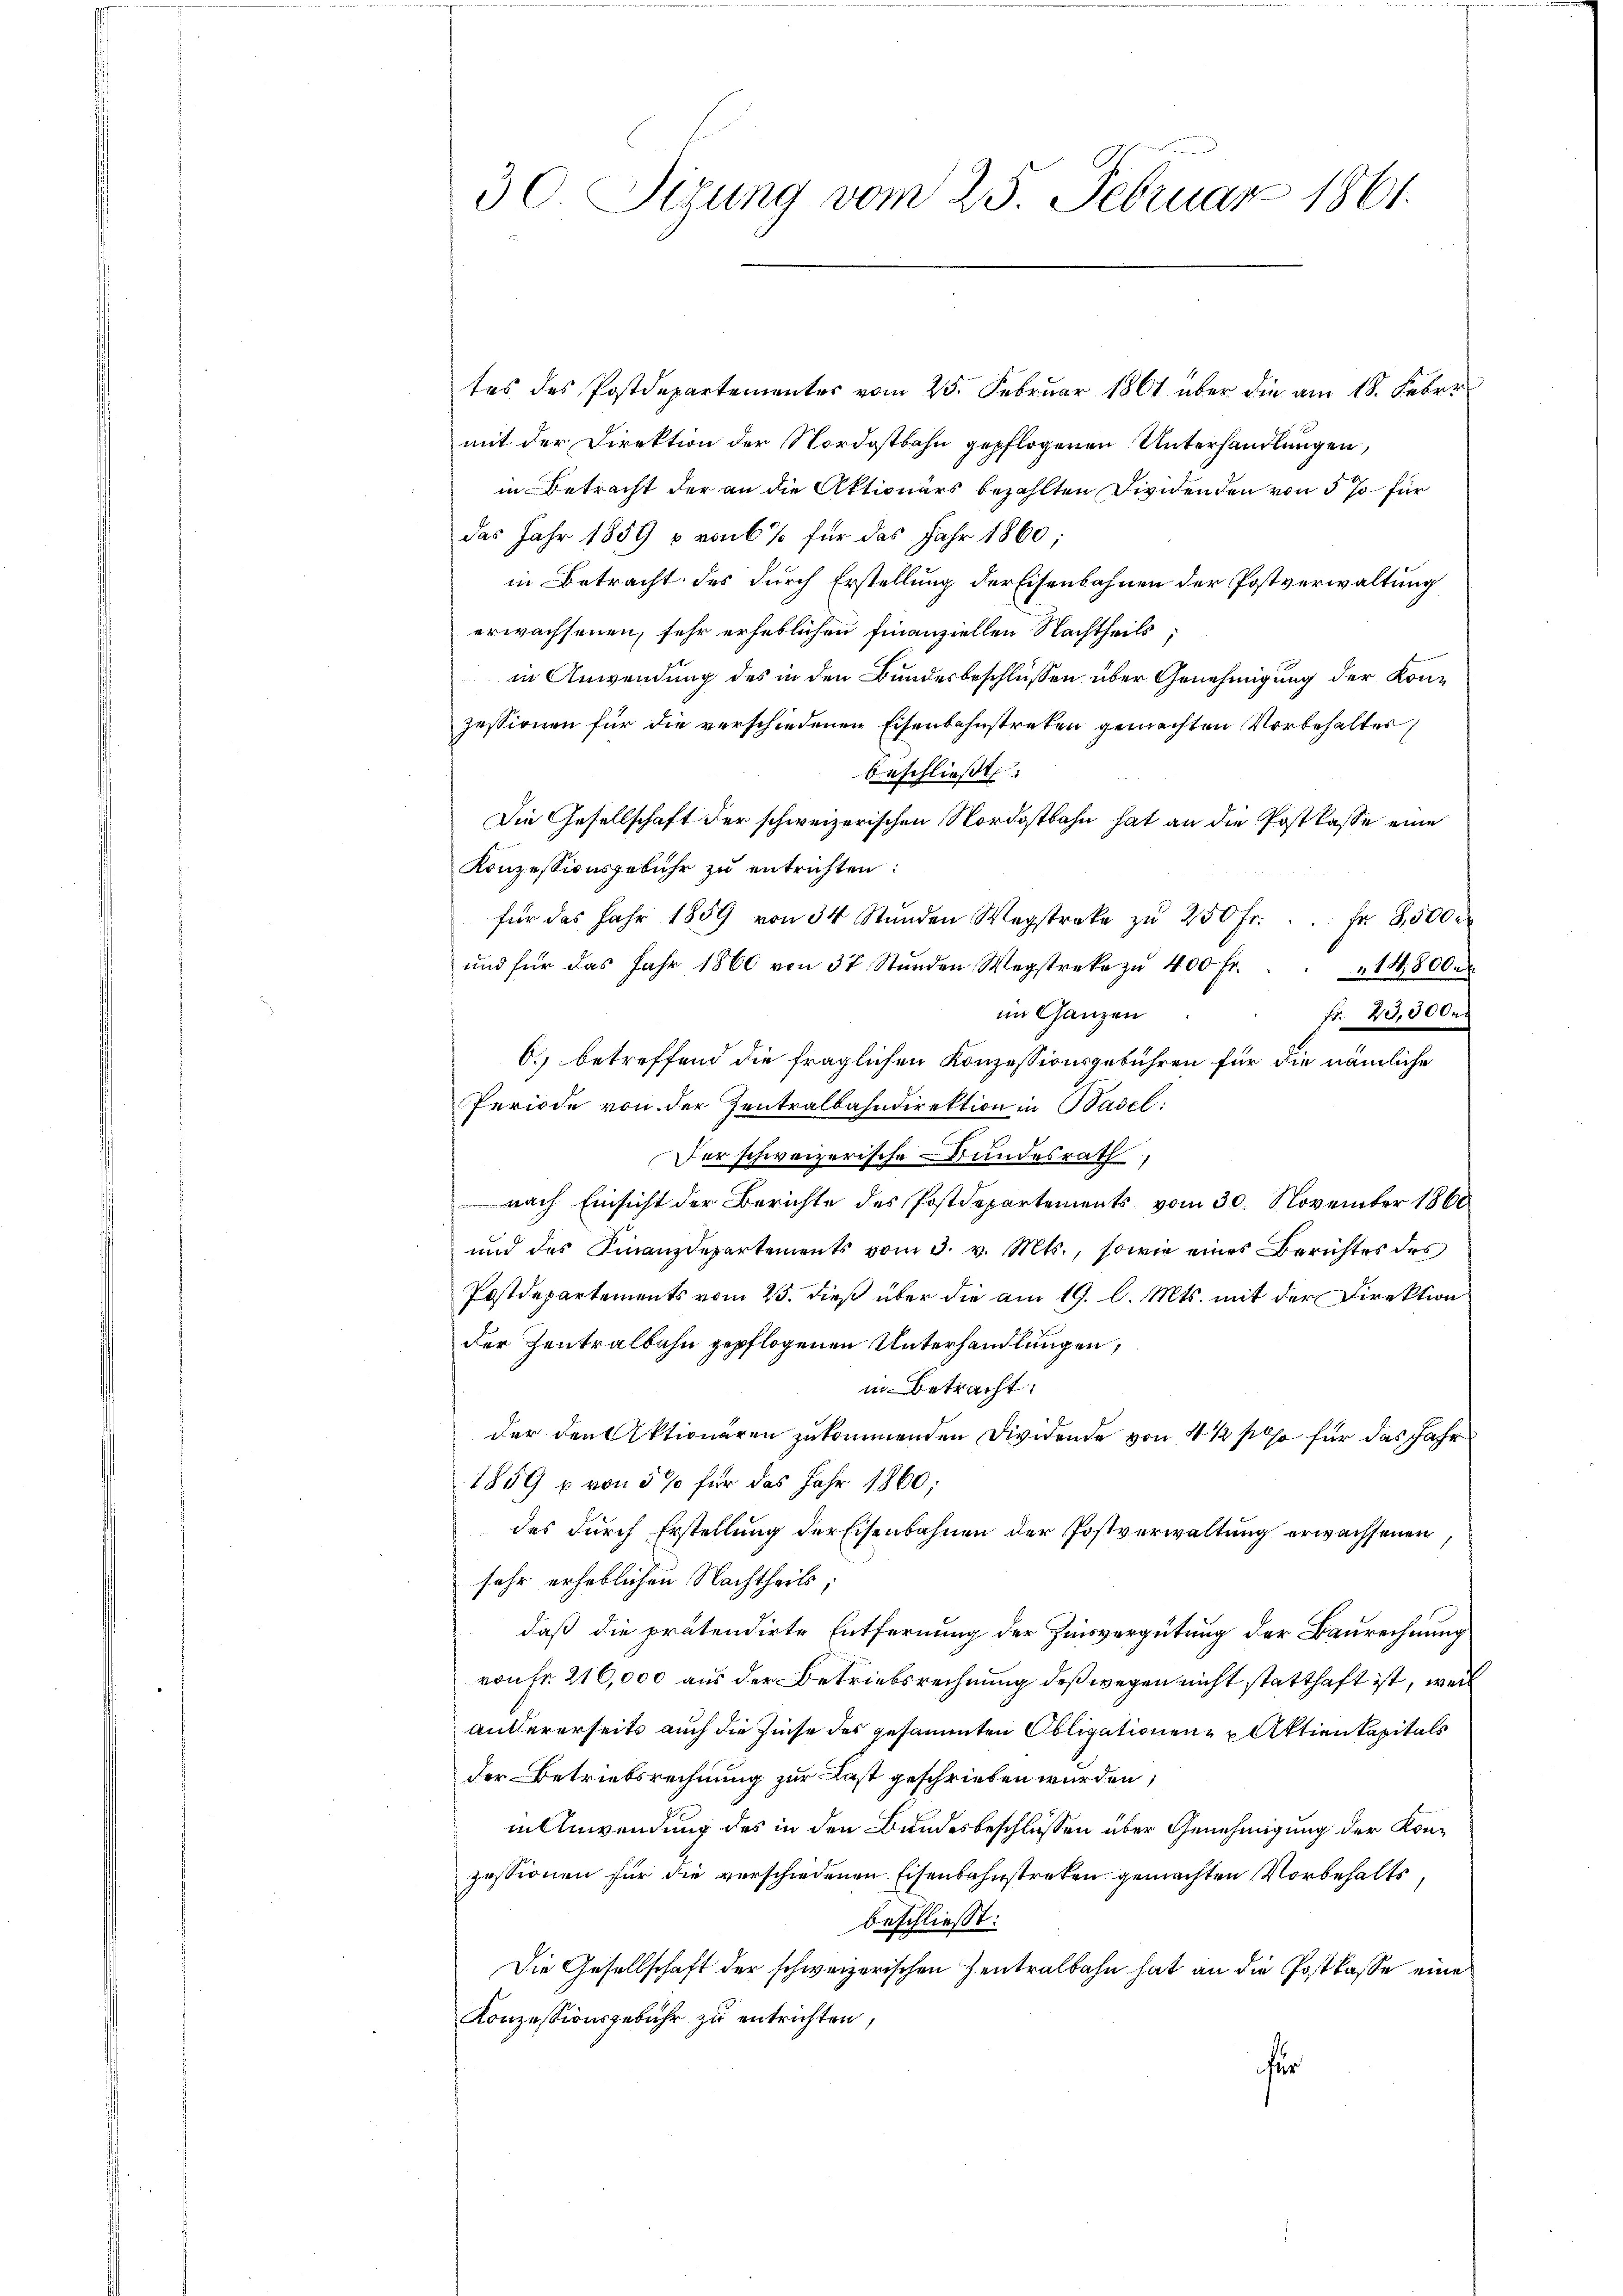
30 Sizung vom 25. Februar 1861.

tes des Postdepartementes vom 25. Februar 1864 über die am 18. Feber
mit der Direktion der Nordostbahn gepflogenen Unterhandlungen,
in Betracht der an die Aktionärs bezahlten Dividenden von 5 % für
das Jahr 1859 & von 6 % für das Jahr 1860;
in Betracht des durch Erstellung der Eisenbahnen der Postverwaltung
erwachsenen, sehr erheblichen Finanziellen Nachtheils;
in Anwendung des in den Bundesbeschlüssen über Genehmigung der Konzessionen für die verschiedenen Eisenbahnstreken gemachten Vorbehalter,
beschließt:
Die Gesellschaft der schweizerischen Nordostbahn hat an die Postkasse eine
Konzessionsgebühr zu entrichten:

für das Jahr 1859 von 34 Stŭnden Wegstreke zŭ 250 fr. . . fr. 3,500
ŭnd für das Jahr 1860 von 37 Stŭnden Wegstreke zŭ 400 fr. . . . 14,800
im Ganzen
fr. 20,000.
O. betreffend die fraglichen Konzessionsgebühren für die nämliche
Periode von der Zentralbahndirektion in Basel:
Der schweizerische Bundesrath,
nach Einsicht der Berichte des Postdepartements vom 30. November 1860
und des Finanzdepartements vom 3. v. Mts., sowie eines Berichtes des
Postdepartements vom 25. dieß über die am 19. l. Mts. mit der Direktion
der Zentralbahn gepflogenen Unterhandlungen,
in betracht.
der den Aktionären zukommenden Dividende von 4 ½ poso für das Jahr
1859 u. von 5% für das Jahr 1860;
des durch Erstellung der Eisenbahnen der Postverwaltung erwachsenen
sehr erheblichen Nachtheils;
daß die prätendirte Entfernung der Zinsvergütung der Baurechnung
von Fr. 216,000 aus der Betriebsrechnung deßwegen nicht statthaft ist, weil
andererseits auch die Zinse des gesammten Obligationen Aktienkapitals
der Betriebsrechnung zur Last geschrieben würden;
in Anwendung des in den Bundesbeschlüssen über Genehmigung der Konzessionen für die verschiedenen Eisenbahnstreken gemachten Vorbehalts
beschließt:
Die Gesellschaft der schweizerischen Zentralbahn hat an die Postkasse eine
Konzessionsgebühr zu entrichten,
für